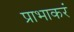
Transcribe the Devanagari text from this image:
प्राभाकरं